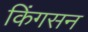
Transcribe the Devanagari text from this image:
किंगसन